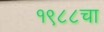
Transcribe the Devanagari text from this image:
१९८८चा